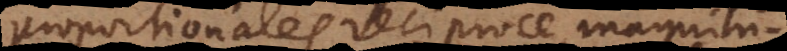
proportionales reciproce, magnitu